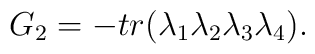
G_2=-tr(\lambda_1\lambda_2\lambda_3\lambda_4).